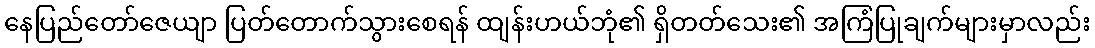
နေပြည်တော်ဇေယျာ ပြတ်တောက်သွားစေရန် ထျန်းဟယ်ဘုံ၏ ရှိတတ်သေး၏ အကြံပြုချက်များမှာလည်း